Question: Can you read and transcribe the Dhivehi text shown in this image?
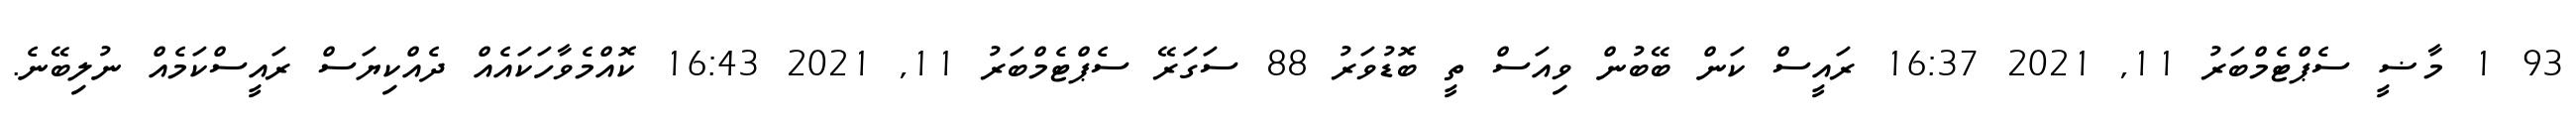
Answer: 93 1 މާޟީ ސެޕްޓެމްބަރު 11, 2021 16:37 ރައީސް ކަން ބޭބުން ވިއަސް ތީ ބޮޑުވަރު 88 ސަގަރޭ ސެޕްޓެމްބަރު 11, 2021 16:43 ކޮއްމެވާހަކައެއް ދެއްކިޔަސް ރައީސްކަމެއް ނުލިބޭނެ.